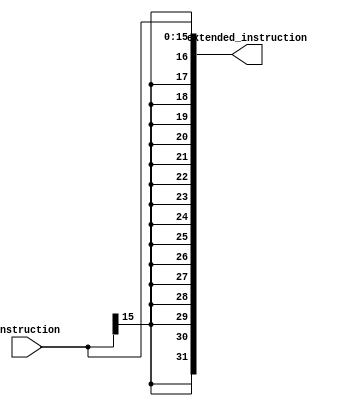
`timescale 1ns / 1ps
//////////////////////////////////////////////////////////////////////////////////
// Company: 
// Engineer: 
// 
// Design Name: 
// Module Name:    decode_sign_extend 
// Project Name: 
// Target Devices: 
// Tool versions: 
// Description: 
//
// Dependencies: 
//
// Revision: 
// Revision 0.01 - File Created
// Additional Comments: 
//
//////////////////////////////////////////////////////////////////////////////////
module decode_sign_extend(instruction, extended_instruction);

	input [15:0] instruction;
	output reg [31:0] extended_instruction;
	
	always @(*)
	begin
			extended_instruction <= { {16{instruction[15]}}, instruction[15:0] };
	end

endmodule